Leprosy in India: report of the Leprosy Commission in India, 1890-91
Year: 1890
Disease focus: Leprosy
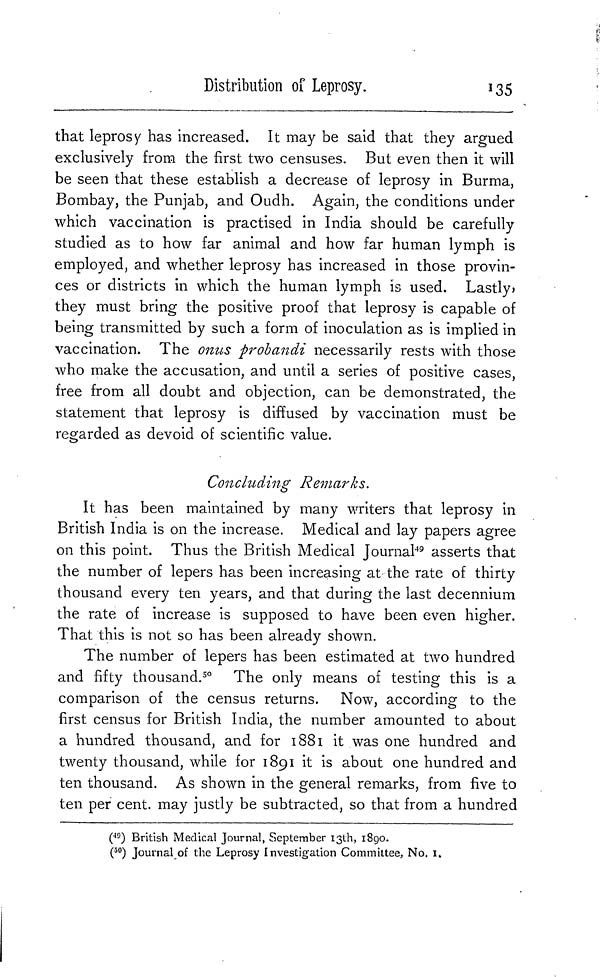
Distribution of Leprosy.
135
that leprosy has increased. It may be said that they argued
exclusively from the first two censuses. But even then it will
be seen that these establish a decrease of leprosy in Burma,
Bombay, the Punjab, and Oudh. Again, the conditions under
which vaccination is practised in India should be carefully
studied as to how far animal and how far human lymph is
employed, and whether leprosy has increased in those provin-
ces or districts in which the human lymph is used. Lastly»
they must bring the positive proof that leprosy is capable of
being transmitted by such a form of inoculation as is implied in
vaccination. The onus probandi necessarily rests with those
who make the accusation, and until a series of positive cases,
free from all doubt and objection, can be demonstrated, the
statement that leprosy is diffused by vaccination must be
regarded as devoid of scientific value.
Concluding Remarks.
It has been maintained by many writers that leprosy in
British India is on the increase. Medical and lay papers agree
on this point. Thus the British Medical Journal 49 asserts that
the number of lepers has been increasing at the rate of thirty
thousand every ten years, and that during the last decennium
the rate of increase is supposed to have been even higher.
That this is not so has been already shown.
The number of lepers has been estimated at two hundred
and fifty thousand. 50 The only means of testing this is a
comparison of the census returns. Now, according to the
first census for British India, the number amounted to about
a hundred thousand, and for 1881 it was one hundred and
twenty thousand, while for 1891 it is about one hundred and
ten thousand. As shown in the general remarks, from five to
ten per cent, may justly be subtracted, so that from a hundred
( 49 ) British Medical Journal, September 13th, 1890.
( 50 ) Journal of the Leprosy Investigation Committee, No. 1.